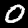
Digit: 0